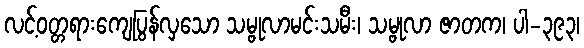
လင့်ဝတ္တရားကျေပြွန်လှသော သမ္ဗုလာမင်းသမီး၊ သမ္ဗုလာ ဇာတက၊ ပါ-၃၉၃၊